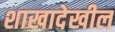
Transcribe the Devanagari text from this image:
शाखादेखील